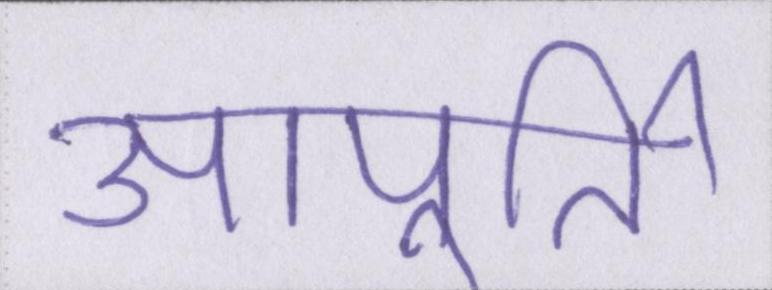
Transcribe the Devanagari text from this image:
आपूर्ति